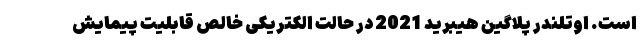
است. اوتلندر پلاگین هیبرید 2021 در حالت الکتریکی خالص قابلیت پیمایش